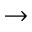
\rightarrow